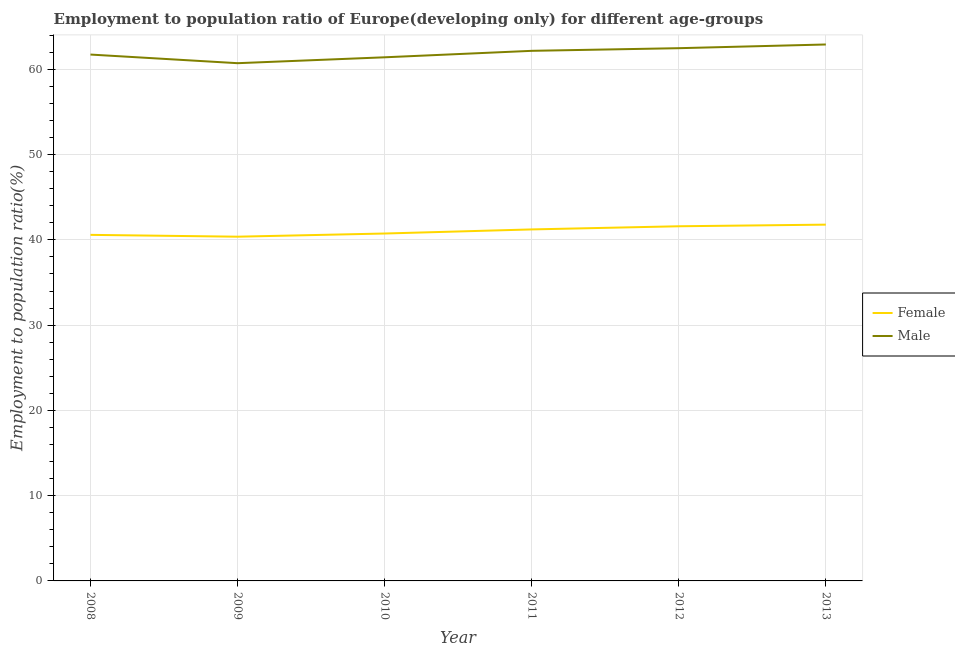
| Year | Female | Male |
 | --- | --- | --- |
 | 2008 | 40.6 | 61.7 |
 | 2009 | 40.4 | 60.7 |
 | 2010 | 40.7 | 61.4 |
 | 2011 | 41.2 | 62.2 |
 | 2012 | 41.6 | 62.5 |
 | 2013 | 41.8 | 62.9 |